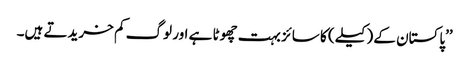
’’پاکستان کے (کیلے) کا سائز بہت چھوٹا ہے اور لوگ کم خریدتے ہیں۔